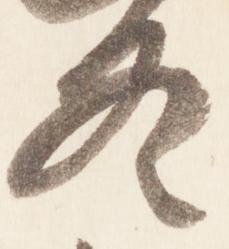
冬